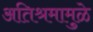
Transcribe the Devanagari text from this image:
अतिश्रमामुळे